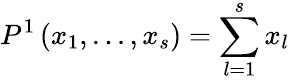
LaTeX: P^{1}\left(x_{1},...,x_{s}\right)=\sum_{l=1}^{s}x_{l}